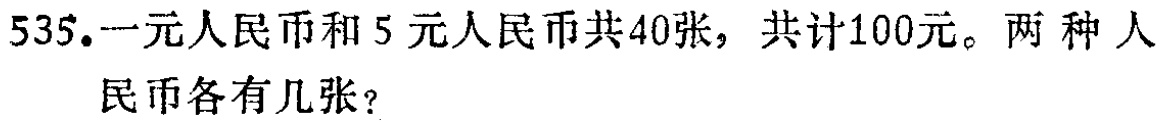
535.一元人民币和5元人民币共40张，共计100元。两种人民币各有几张？